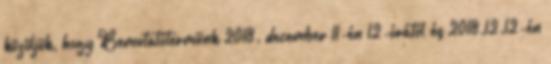
közöljük, hogy Bemutatótermünk 2018. december 11-én 12-órától és 2018.12.12-én